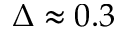
\Delta \approx 0 . 3